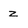
Character: z